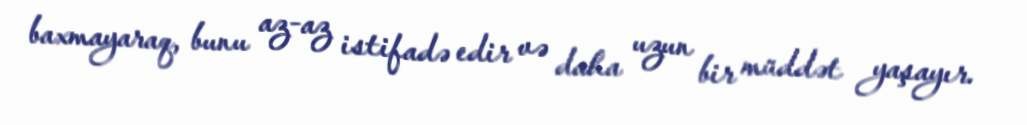
baxmayaraq, bunu az-az istifadə edir və daha uzun bir müddət yaşayır.